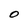
Character: 0